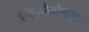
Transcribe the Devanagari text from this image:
ट्राइओज़ोनाइड